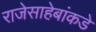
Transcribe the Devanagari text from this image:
राजेसाहेबांकडे